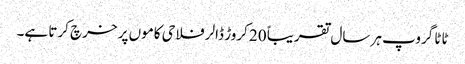
ٹاٹا گروپ ہر سال تقریباً 20 کروڑ ڈالر فلاحی کاموں پر خرچ کرتا ہے۔